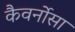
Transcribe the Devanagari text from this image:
कैवर्नोसा